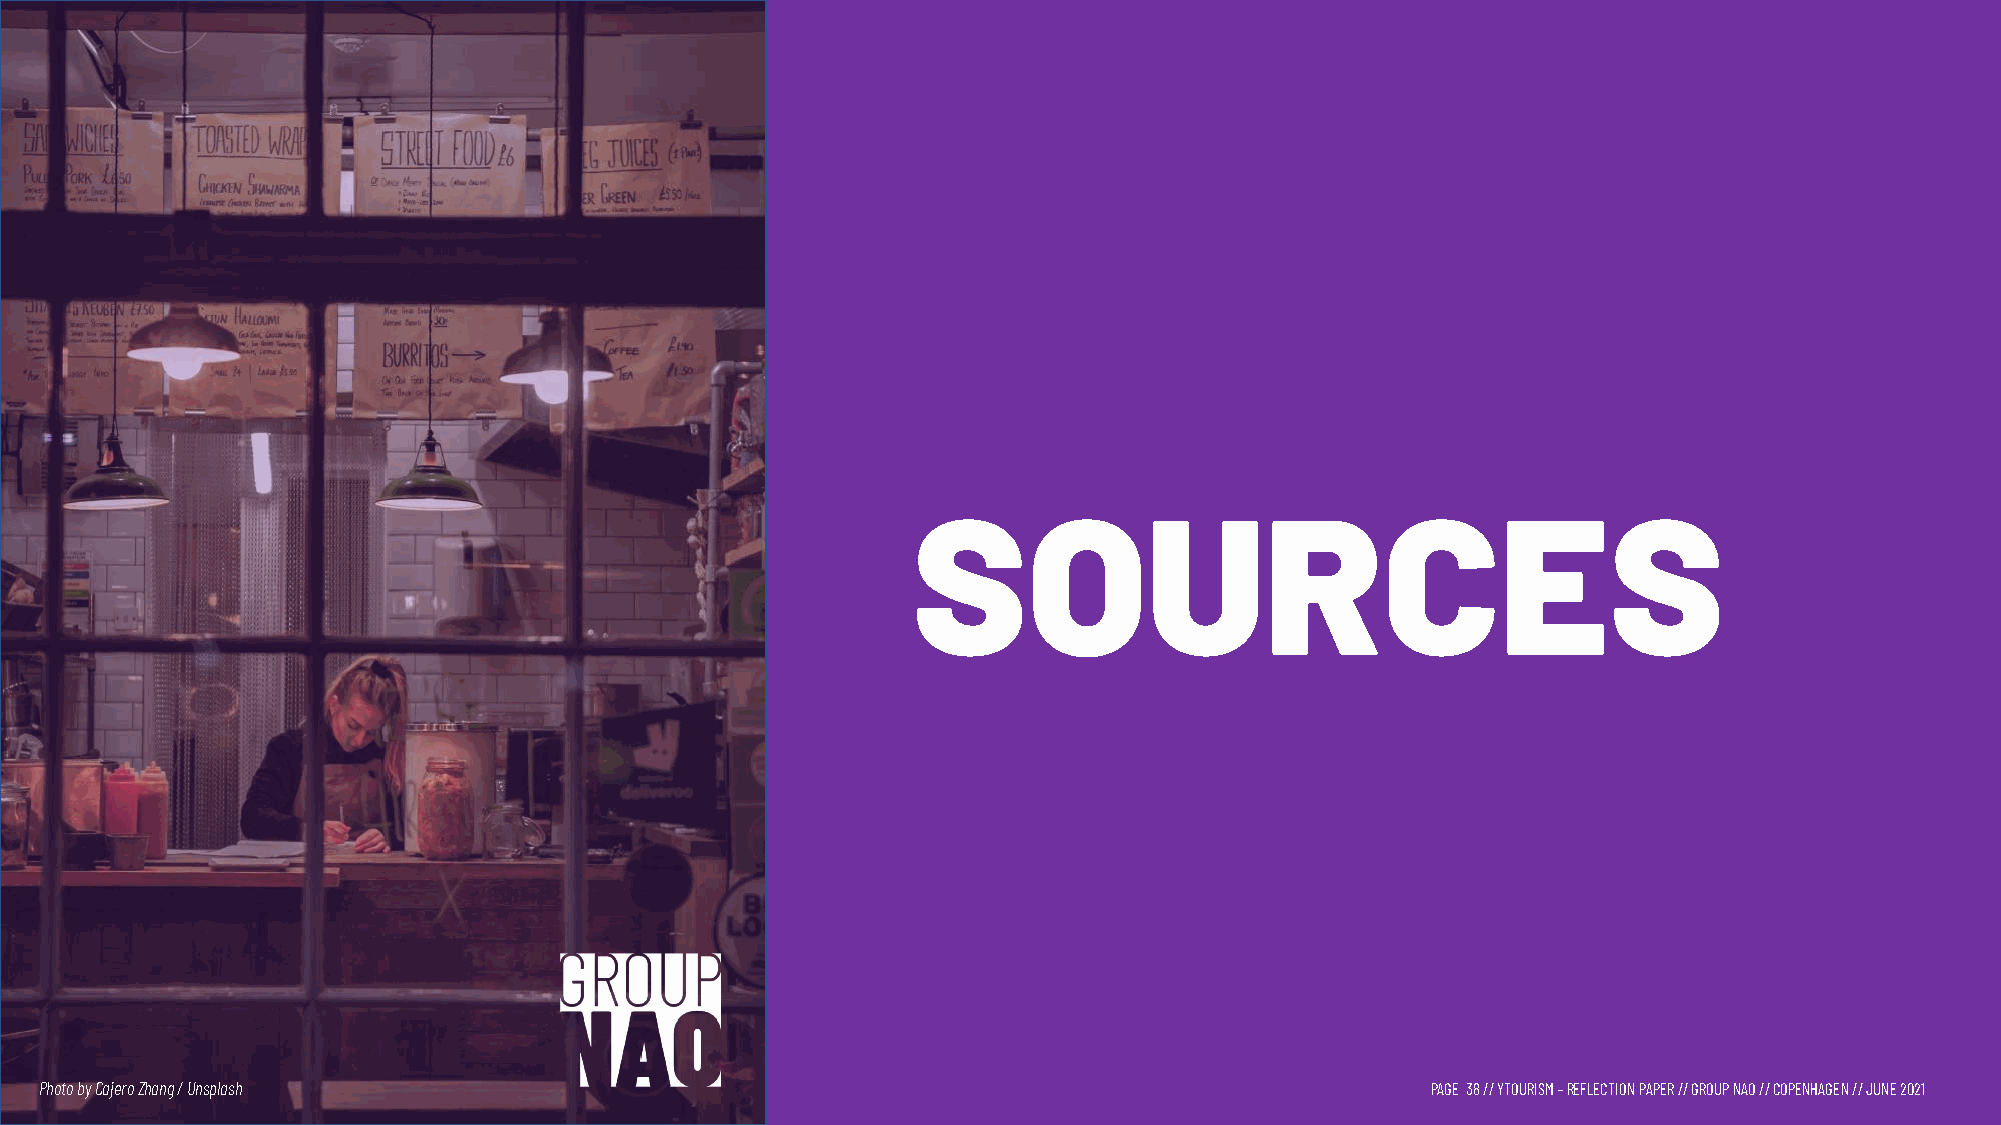
SOURCES
 Photo byCajeroZhang / Unsplash                                                              PAGE 38// YTOURISM –REFLECTION PAPER // GROUP NAO // COPENHAGEN // JUNE 2021